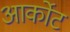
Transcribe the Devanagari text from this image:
आर्कोट